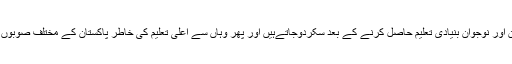
اس علاقہ کے جوان اور نوجوان بنیادی تعلیم حاصل کرنے کے بعد سکردوجاتےہیں اور پھر وہاں سے اعلی تعلیم کی خاطر پاکستان کے مختلف صوبوں کا رخ کرتے ہیں ۔